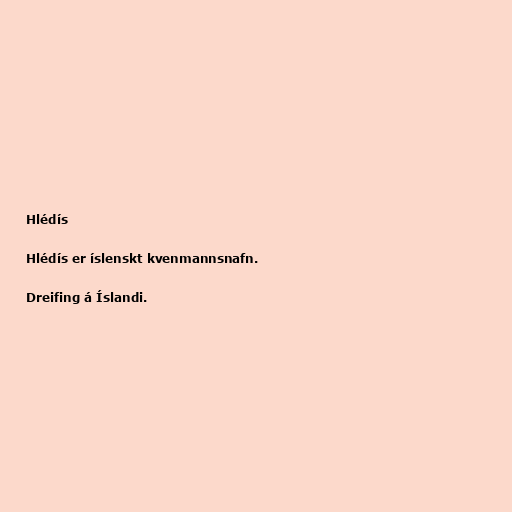
Hlédís

Hlédís er íslenskt kvenmannsnafn.

Dreifing á Íslandi.